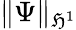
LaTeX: \| \Psi\| _{\mathfrak{H}^{1}}